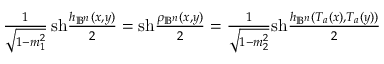
\begin{array} { r } { \frac { 1 } { \sqrt { 1 - m _ { 1 } ^ { 2 } } } \, \mathrm { s h } \frac { h _ { \mathbb { B } ^ { n } } ( x , y ) } { 2 } = \mathrm { s h } \frac { \rho _ { \mathbb { B } ^ { n } } ( x , y ) } { 2 } = \frac { 1 } { \sqrt { 1 - m _ { 2 } ^ { 2 } } } \mathrm { s h } \frac { h _ { \mathbb { B } ^ { n } } ( T _ { a } ( x ) , T _ { a } ( y ) ) } { 2 } } \end{array}